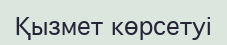
Қызмет көрсетуі